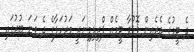
ދެ ޓީމުގެ ތެރެއިން މޮޅުވާ ޓީމެއް ޕްރިލިމިނަރީ މަރުހަލާގެ ދެ ވަނަ ބުރުގައި